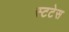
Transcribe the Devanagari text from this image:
स्टटेस